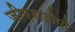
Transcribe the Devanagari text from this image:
जीएसडीपी